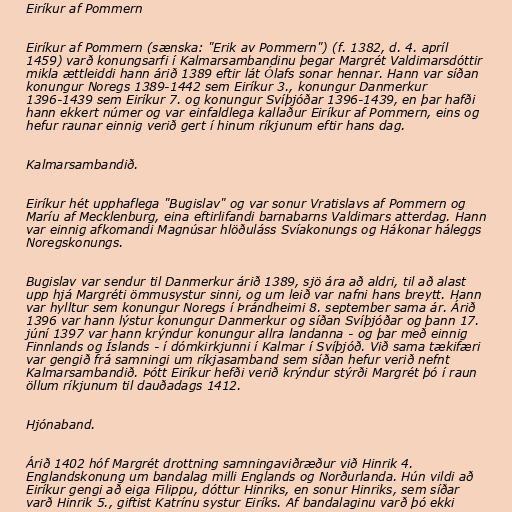
Eiríkur af Pommern

Eiríkur af Pommern (sænska: "Erik av Pommern") (f. 1382, d. 4. apríl
1459) varð konungsarfi í Kalmarsambandinu þegar Margrét Valdimarsdóttir
mikla ættleiddi hann árið 1389 eftir lát Ólafs sonar hennar. Hann var síðan
konungur Noregs 1389-1442 sem Eiríkur 3., konungur Danmerkur
1396-1439 sem Eiríkur 7. og konungur Svíþjóðar 1396-1439, en þar hafði
hann ekkert númer og var einfaldlega kallaður Eiríkur af Pommern, eins og
hefur raunar einnig verið gert í hinum ríkjunum eftir hans dag.

Kalmarsambandið.

Eiríkur hét upphaflega "Bugislav" og var sonur Vratislavs af Pommern og
Maríu af Mecklenburg, eina eftirlifandi barnabarns Valdimars atterdag. Hann
var einnig afkomandi Magnúsar hlöðuláss Svíakonungs og Hákonar háleggs
Noregskonungs.

Bugislav var sendur til Danmerkur árið 1389, sjö ára að aldri, til að alast
upp hjá Margréti ömmusystur sinni, og um leið var nafni hans breytt. Hann
var hylltur sem konungur Noregs í Þrándheimi 8. september sama ár. Árið
1396 var hann lýstur konungur Danmerkur og síðan Svíþjóðar og þann 17.
júní 1397 var hann krýndur konungur allra landanna - og þar með einnig
Finnlands og Íslands - í dómkirkjunni í Kalmar í Svíþjóð. Við sama tækifæri
var gengið frá samningi um ríkjasamband sem síðan hefur verið nefnt
Kalmarsambandið. Þótt Eiríkur hefði verið krýndur stýrði Margrét þó í raun
öllum ríkjunum til dauðadags 1412.

Hjónaband.

Árið 1402 hóf Margrét drottning samningaviðræður við Hinrik 4.
Englandskonung um bandalag milli Englands og Norðurlanda. Hún vildi að
Eiríkur gengi að eiga Filippu, dóttur Hinriks, en sonur Hinriks, sem síðar
varð Hinrik 5., giftist Katrínu systur Eiríks. Af bandalaginu varð þó ekki